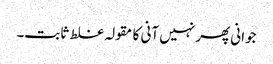
جوانی پھر نہیں آنی کا مقولہ غلط ثابت۔